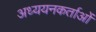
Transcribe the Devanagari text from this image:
अध्‍ययनकर्ताओं